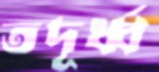
তদূর্ধ্ব